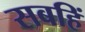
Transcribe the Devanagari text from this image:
सबहिं